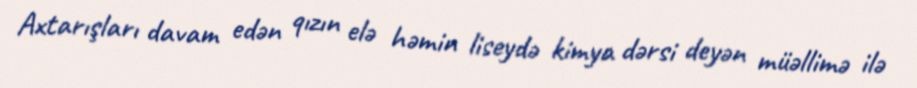
Axtarışları davam edən qızın elə həmin liseydə kimya dərsi deyən müəllimə ilə